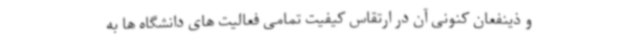
و ذینفعان کنونی آن در ارتقاس کیفیت تمامی فعالیت های دانشگاه ها به